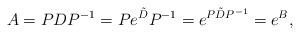
LaTeX: \begin{align*}A=PDP^{-1}=Pe^{\tilde D}P^{-1}=e^{P\tilde D P^{-1}}=e^B, \end{align*}